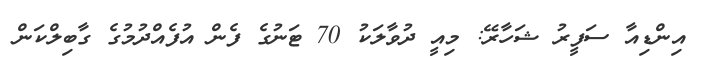
އިންޑިއާ ސަފީރު ޝަހާރޭ: މިއީ ދުވާލަކު 70 ޓަނުގެ ފެން އުފެއްދުމުގެ ގާބިލްކަން